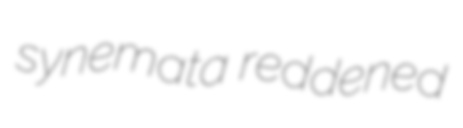
synemata reddened